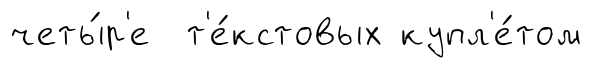
четы́р'е т'е́кстовых купл'е́том